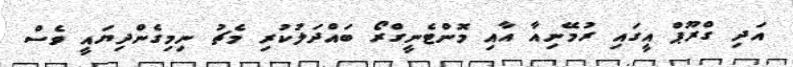
އަދި ގްރޫޕް އީގައި ރުމޭނިއާ އާއި މޮންޓެނީގްރޯ ބައްދަލުކުރި މެޗު ނިމިގެންދިޔައީ ވެސް